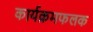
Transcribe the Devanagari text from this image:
कार्यक्रमफलक